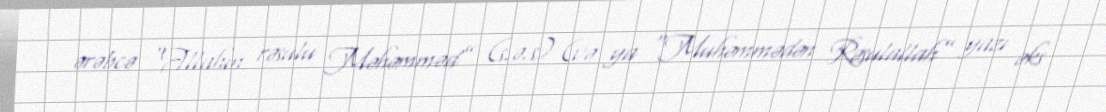
ərəbcə “Allahın rəsulu Məhəmməd” (s.ə.s) (və ya “Muhəmmədən Rəsulallah” yazı əks